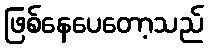
ဖြစ်နေပေတော့သည်